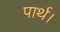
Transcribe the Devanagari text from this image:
पार्थ।